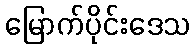
မြောက်ပိုင်းဒေသ